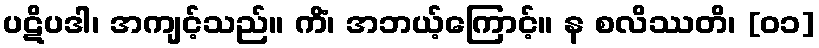
ပဋိပဒါ၊ အကျင့်သည်။ ကိံ၊ အဘယ့်ကြောင့်။ န စလိဿတိ၊ [၀၁]